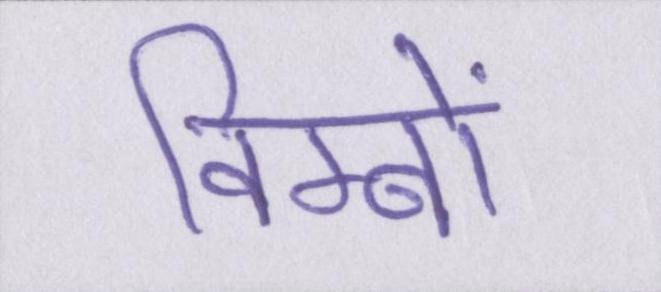
विम्बों